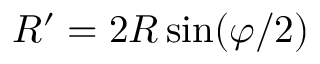
R ^ { \prime } = 2 R \sin ( \varphi / 2 )